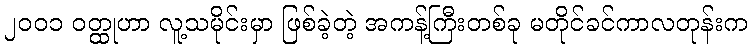
၂၀၀၁ ဝတ္ထုဟာ လူ့သမိုင်းမှာ ဖြစ်ခဲ့တဲ့ အကန့်ကြီးတစ်ခု မတိုင်ခင်ကာလတုန်းက